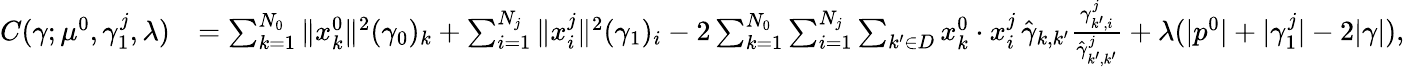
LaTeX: \begin{array}{rl}{C(\gamma;\mu^{0},\gamma_{1}^{j},\lambda)}&{=\sum_{k=1}^{N_{0}}\| x_{k}^{0}\| ^{2}(\gamma_{0})_{k}+\sum_{i=1}^{N_{j}}\| x_{i}^{j}\| ^{2}(\gamma_{1})_{i}-2\sum_{k=1}^{N_{0}}\sum_{i=1}^{N_{j}}\sum_{k^{\prime}\in D}x_{k}^{0}\cdot x_{i}^{j}\, \hat{\gamma}_{k,k^{\prime}}\frac{\gamma_{k^{\prime},i}^{j}}{\hat{\gamma}_{k^{\prime},k^{\prime}}^{j}}+\lambda(|p^{0}|+|\gamma_{1}^{j}|-2|\gamma|),}\end{array}